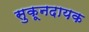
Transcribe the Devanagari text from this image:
सुकूनदायक